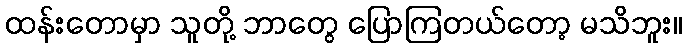
ထန်းတောမှာ သူတို့ ဘာတွေ ပြောကြတယ်တော့ မသိဘူး။